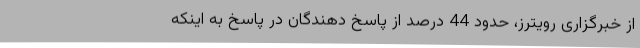
از خبرگزاری رویترز، حدود 44 درصد از پاسخ دهندگان در پاسخ به اینکه